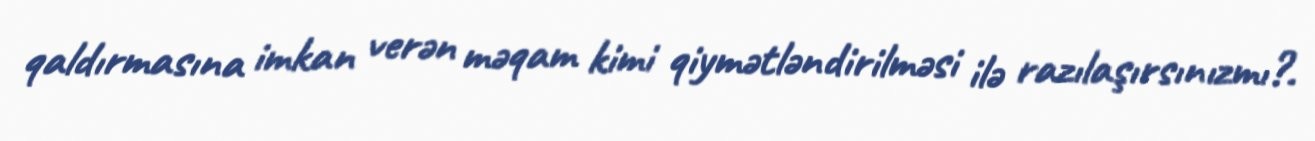
qaldırmasına imkan verən məqam kimi qiymətləndirilməsi ilə razılaşırsınızmı?.